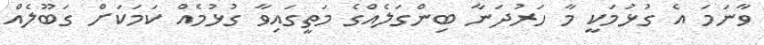
ވާނަމަ އެ ގުޅުމަކީ މާ ހަރުދަނާ ބިންގަލެއްގެ މަތީގައިވާ ގުޅުމެއް ކަމަކަށް ގަބޫލެއް